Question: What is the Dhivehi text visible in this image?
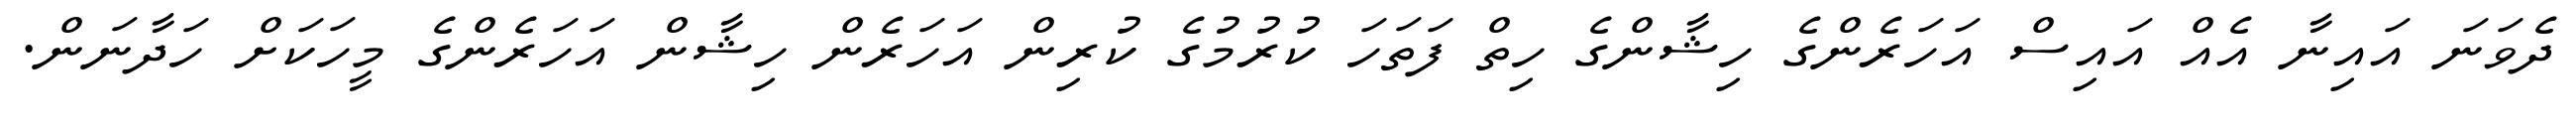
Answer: ދެވަނަ އައިނާ އެއް އައިސް އަހަރެންގެ ހިޝާންގެ ހިތް ފަތަހަ ކުރުމުގެ ކުރިން އަހަރެން ހިޝާން އަހަރެންގެ މީހަކަށް ހަދާނަން.